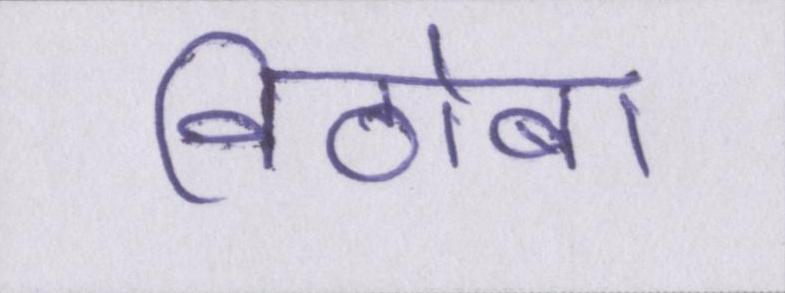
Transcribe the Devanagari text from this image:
विठोबा